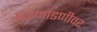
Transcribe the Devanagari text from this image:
घटमांडणीवर